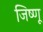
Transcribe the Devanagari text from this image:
जिष्णू